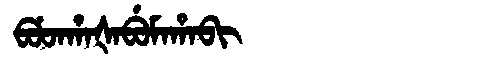
Manchu: ᠪᡠᡨᡥᠠᡧᠠᠪᡠᠮᠠᡥᠠᠪᡳ
Romanization: BUTHAŠABUMAHABI